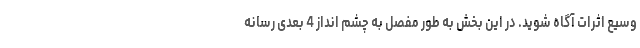
وسیع اثرات آگاه شوید. در این بخش به طور مفصل به چشم انداز 4 بعدی رسانه